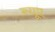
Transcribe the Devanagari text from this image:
न्‍यूए